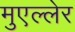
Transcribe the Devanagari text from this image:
मुएल्लेर